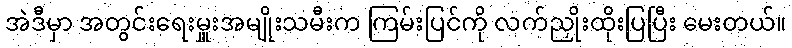
အဲဒီမှာ အတွင်းရေးမှူးအမျိုးသမီးက ကြမ်းပြင်ကို လက်ညှိုးထိုးပြပြီး မေးတယ်။